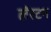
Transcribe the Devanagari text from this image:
लॅरटन